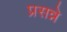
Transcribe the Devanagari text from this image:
प्रसन्ने